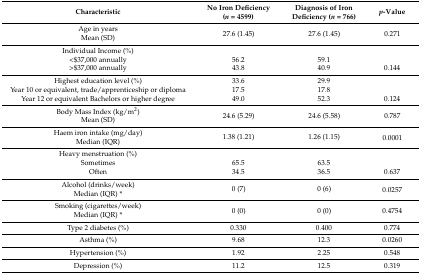
<table><thead><tr><td><b>Characteristic</b></td><td><b>No Iron Deficiency (<i>n</i> = 4599)</b></td><td><b>Diagnosis of Iron Deficiency (<i>n</i> = 766)</b></td><td><b><i>p</i>-Value</b></td></tr></thead><tbody><tr><td>Age in years</td><td rowspan="2">27.6 (1.45)</td><td rowspan="2">27.6 (1.45)</td><td rowspan="2">0.271</td></tr><tr><td>Mean (SD)</td></tr><tr><td>Individual Income (%)</td><td></td><td></td><td></td></tr><tr><td>&lt;$37,000 annually</td><td>56.2</td><td>59.1</td><td></td></tr><tr><td>&gt;$37,000 annually</td><td>43.8</td><td>40.9</td><td>0.144</td></tr><tr><td>Highest education level (%)</td><td>33.6</td><td>29.9</td><td></td></tr><tr><td>Year 10 or equivalent, trade/apprenticeship or diploma</td><td>17.5</td><td>17.8</td><td></td></tr><tr><td>Year 12 or equivalent Bachelors or higher degree</td><td>49.0</td><td>52.3</td><td>0.124</td></tr><tr><td>Body Mass Index (kg/m<sup>2</sup>)</td><td rowspan="2">24.6 (5.29)</td><td rowspan="2">24.6 (5.58)</td><td rowspan="2">0.787</td></tr><tr><td>Mean (SD)</td></tr><tr><td>Haem iron intake (mg/day)</td><td rowspan="2">1.38 (1.21)</td><td rowspan="2">1.26 (1.15)</td><td rowspan="2">0.0001</td></tr><tr><td>Median (IQR)</td></tr><tr><td>Heavy menstruation (%)</td><td></td><td></td><td></td></tr><tr><td>Sometimes</td><td>65.5</td><td>63.5</td><td></td></tr><tr><td>Often</td><td>34.5</td><td>36.5</td><td>0.637</td></tr><tr><td>Alcohol (drinks/week)</td><td rowspan="2">0 (7)</td><td rowspan="2">0 (6)</td><td rowspan="2">0.0257</td></tr><tr><td>Median (IQR) *</td></tr><tr><td>Smoking (cigarettes/week)</td><td rowspan="2">0 (0)</td><td rowspan="2">0 (0)</td><td rowspan="2">0.4754</td></tr><tr><td>Median (IQR) *</td></tr><tr><td>Type 2 diabetes (%)</td><td>0.330</td><td>0.400</td><td>0.774</td></tr><tr><td>Asthma (%)</td><td>9.68</td><td>12.3</td><td>0.0260</td></tr><tr><td>Hypertension (%)</td><td>1.92</td><td>2.25</td><td>0.548</td></tr><tr><td>Depression (%)</td><td>11.2</td><td>12.5</td><td>0.319</td></tr></tbody></table>